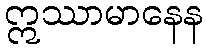
ဣဿာမာနေန